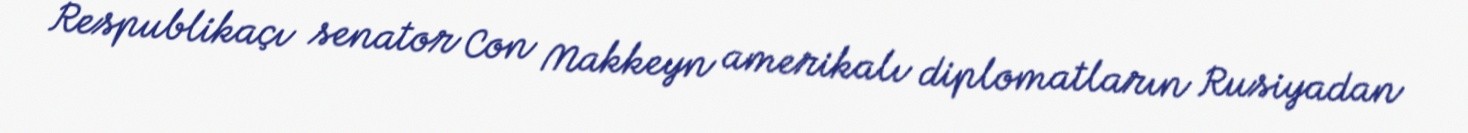
Respublikaçı senator Con Makkeyn amerikalı diplomatların Rusiyadan